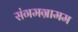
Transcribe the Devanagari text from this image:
संगमग्रामम